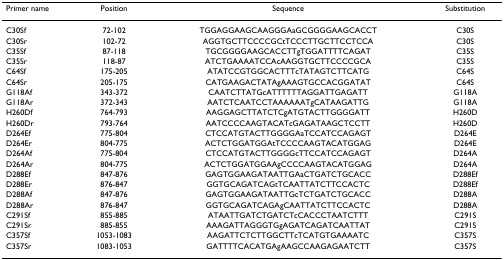
<table><thead><tr><td><b>Primer name</b></td><td><b>Position</b></td><td><b>Sequence</b></td><td><b>Substitution</b></td></tr></thead><tbody><tr><td>C30Sf</td><td>72-102</td><td>TGGAGGAAGCAAGGGAaGCGGGGAAGCACCT</td><td>C30S</td></tr><tr><td>C30Sr</td><td>102-72</td><td>AGGTGCTTCCCCGCtTCCCTTGCTTCCTCCA</td><td>C30S</td></tr><tr><td>C35Sf</td><td>87-118</td><td>TGCGGGGAAGCACCTTgTGGATTTTCAGAT</td><td>C35S</td></tr><tr><td>C35Sr</td><td>118-87</td><td>ATCTGAAAATCCAcAAGGTGCTTCCCCGCA</td><td>C35S</td></tr><tr><td>C64Sf</td><td>175-205</td><td>ATATCCGTGGCACTTTcTATAGTCTTCATG</td><td>C64S</td></tr><tr><td>C64Sr</td><td>205-175</td><td>CATGAAGACTATAgAAAGTGCCACGGATAT</td><td>C64S</td></tr><tr><td>G118Af</td><td>343-372</td><td>CAATCTTATGcATTTTTTAGGATTGAGATT</td><td>G118A</td></tr><tr><td>G118Ar</td><td>372-343</td><td>AATCTCAATCCTAAAAAATgCATAAGATTG</td><td>G118A</td></tr><tr><td>H260Df</td><td>764-793</td><td>AAGGAGCTTATCTCgATGTACTTGGGGATT</td><td>H260D</td></tr><tr><td>H260Dr</td><td>793-764</td><td>AATCCCCAAGTACATcGAGATAAGCTCCTT</td><td>H260D</td></tr><tr><td>D264Ef</td><td>775-804</td><td>CTCCATGTACTTGGGGAaTCCATCCAGAGT</td><td>D264E</td></tr><tr><td>D264Er</td><td>804-775</td><td>ACTCTGGATGGAtTCCCCAAGTACATGGAG</td><td>D264E</td></tr><tr><td>D264Af</td><td>775-804</td><td>CTCCATGTACTTGGGGcTTCCATCCAGAGT</td><td>D264A</td></tr><tr><td>D264Ar</td><td>804-775</td><td>ACTCTGGATGGAAgCCCCAAGTACATGGAG</td><td>D264A</td></tr><tr><td>D288Ef</td><td>847-876</td><td>GAGTGGAAGATAATTGAaCTGATCTGCACC</td><td>D288Ef</td></tr><tr><td>D288Er</td><td>876-847</td><td>GGTGCAGATCAGtTCAATTATCTTCCACTC</td><td>D288Ef</td></tr><tr><td>D288Af</td><td>847-876</td><td>GAGTGGAAGATAATTGcTCTGATCTGCACC</td><td>D288A</td></tr><tr><td>D288Ar</td><td>876-847</td><td>GGTGCAGATCAGAgCAATTATCTTCCACTC</td><td>D288A</td></tr><tr><td>C291Sf</td><td>855-885</td><td>ATAATTGATCTGATCTcCACCCTAATCTTT</td><td>C291S</td></tr><tr><td>C291Sr</td><td>885-855</td><td>AAAGATTAGGGTGgAGATCAGATCAATTAT</td><td>C291S</td></tr><tr><td>C357Sf</td><td>1053-1083</td><td>AAGATTCTCTTGGCTTcTCATGTGAAAATC</td><td>C357S</td></tr><tr><td>C357Sr</td><td>1083-1053</td><td>GATTTTCACATGAgAAGCCAAGAGAATCTT</td><td>C357S</td></tr></tbody></table>